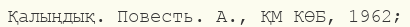
Қалыңдық. Повесть. А., ҚМ КӨБ, 1962;